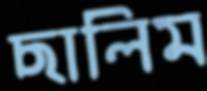
ছালিম